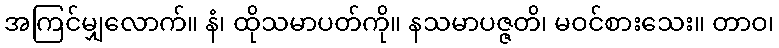
အကြင်မျှလောက်။ နံ၊ ထိုသမာပတ်ကို။ နသမာပဇ္ဇတိ၊ မဝင်စားသေး။ တာဝ၊